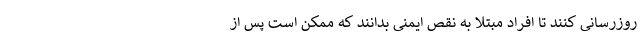
روزرسانی کنند تا افراد مبتلا به نقص ایمنی بدانند که ممکن است پس از